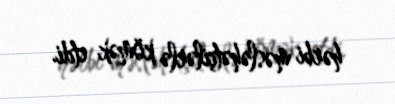
hərbi məsləhətçilərlə kömək etdi.